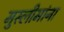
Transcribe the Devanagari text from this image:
मुस्लीमांना